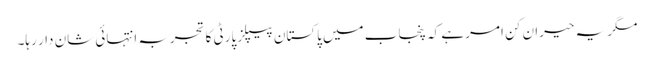
مگر یہ حیران کن امر ہے کہ پنجاب میں پاکستان پیپلز پارٹی کا تجربہ انتہائی شان دار رہا۔